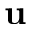
\mathbf { u }